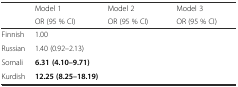
<table><thead><tr><td>[EMPTY_CELL]</td><td><b>Model 1</b></td><td><b>Model 2</b></td><td><b>Model 3</b></td></tr><tr><td>[EMPTY_CELL]</td><td><b>OR (95 % CI)</b></td><td><b>OR (95 % CI)</b></td><td><b>OR (95 % CI)</b></td></tr></thead><tbody><tr><td>Finnish</td><td>1.00</td><td>[EMPTY_CELL]</td><td>[EMPTY_CELL]</td></tr><tr><td>Russian</td><td>1.40 (0.92–2.13)</td><td>[EMPTY_CELL]</td><td>[EMPTY_CELL]</td></tr><tr><td>Somali</td><td><b>6.31 (4.10–9.71)</b></td><td>[EMPTY_CELL]</td><td>[EMPTY_CELL]</td></tr><tr><td>Kurdish</td><td><b>12.25 (8.25–18.19)</b></td><td>[EMPTY_CELL]</td><td>[EMPTY_CELL]</td></tr></tbody></table>